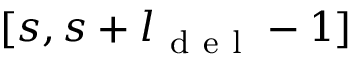
[ s , s + l _ { \mathrm { ~ d ~ e ~ l ~ } } - 1 ]